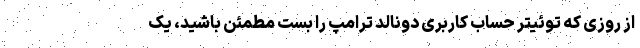
از روزی که توئیتر حساب کاربری دونالد ترامپ را بست مطمئن باشید، یک